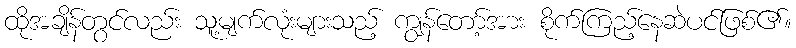
ထိုအချိန်တွင်လည်း သူ့မျက်လုံးများသည့် ကျွန်တော့်အား စိုက်ကြည့်နေဆဲပင်ဖြစ်၏။